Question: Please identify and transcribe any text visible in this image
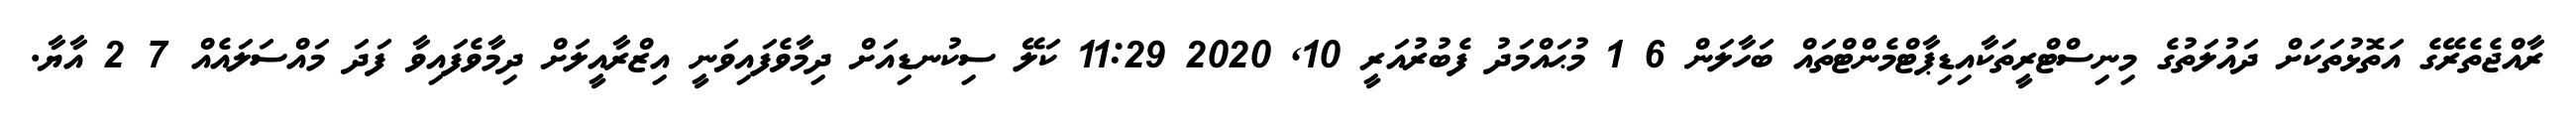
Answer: ރާއްޖެތެރޭގެ އަތޮޅުތަކަށް ދައުލަތުގެ މިނިސްޓްރީތަކާއިޑިޕާޓްމެންޓްތައް ބަހާލަން 6 1 މުޙައްމަދު ފެބުރުއަރީ 10, 2020 11:29 ކަލޭ ސިކުނޑިއަށް ދިމާވެފައިވަނީ އިޒްރާއީލަށް ދިމާވެފައިވާ ފަދަ މައްސަލައެއް 7 2 އާޔާ.